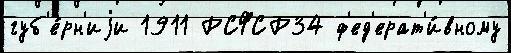
губ'е́рн'иjи 1911 РСФСР34 ф'ед'ерат'и́вному